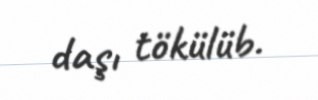
daşı tökülüb.